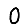
Digit: 0